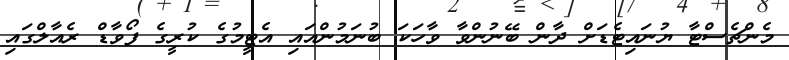
މެންޗެސްޓާ ޔުނައިޓެޑަށް ދާން ބޭނުންވާ ވާހަކަ ބުނަމުންއައި އެޓީމުގެ ކުރީގެ ފޯވާޑް ރެއާލްގައި